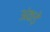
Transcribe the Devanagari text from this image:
अंकड़े